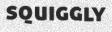
SQUIGGLY